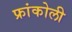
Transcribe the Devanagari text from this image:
फ्रांकोली